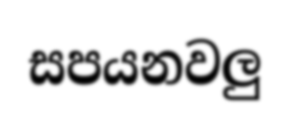
සපයනවලු